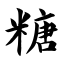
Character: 糖